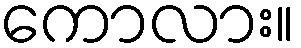
ကောလား။